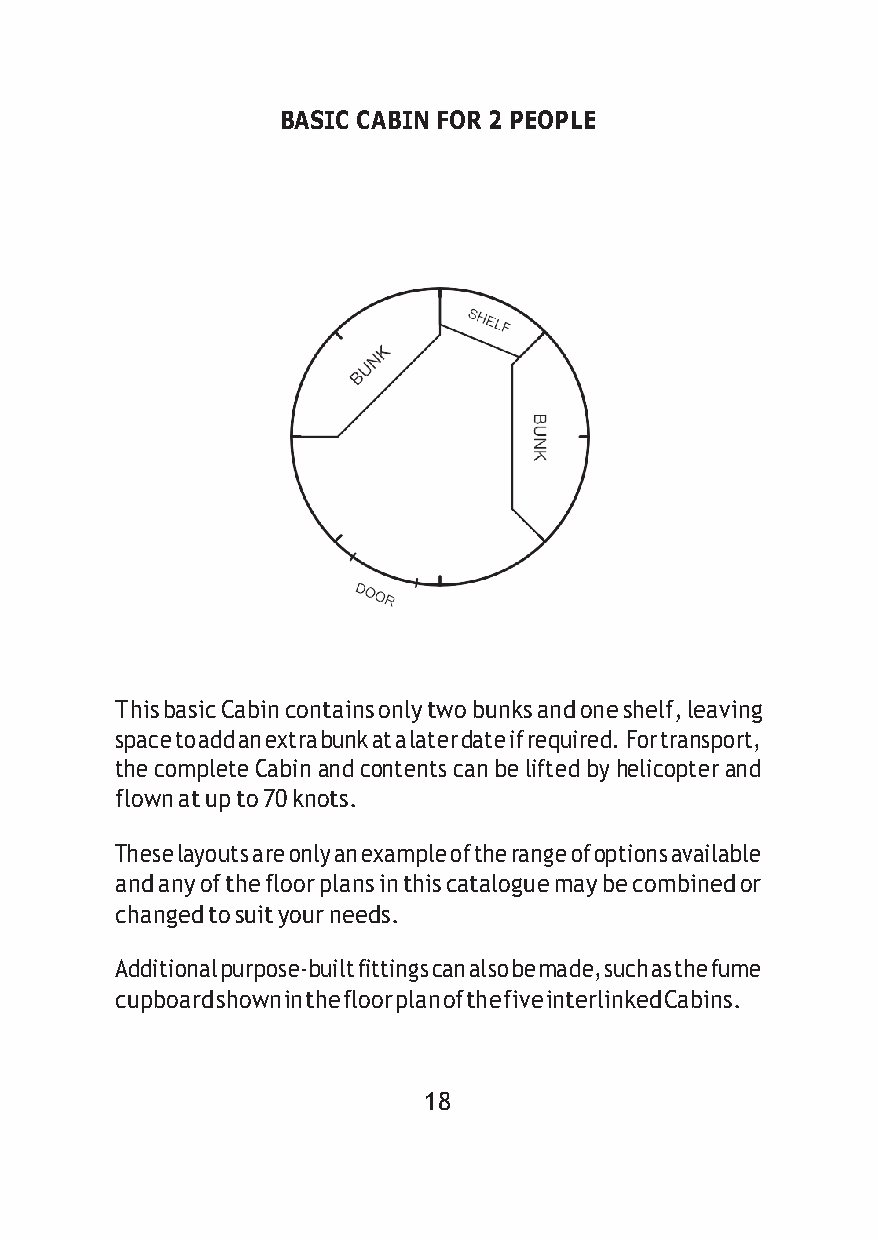
BASIC CABIN FOR 2 PEOPLE
 This basic Cabin contains only two bunks and one shelf, leaving
 space to add an extra bunk at a later date if required. For transport,
 the complete Cabin and contents can be lifted by helicopter and
 flown at up to 70 knots.
 These layouts are only an example of the range of options available
 and any of the floor plans in this catalogue may be combined or
 changed to suit your needs.
 Additional purpose-built fittings can also be made, such as the fume
 cupboard shown in the floor plan of the five interlinked Cabins.
 18